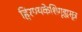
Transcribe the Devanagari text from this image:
हिरण्यकेशिगृह्यसूत्र